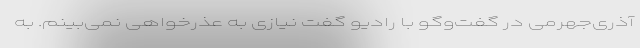
آذری‌جهرمی در گفت‌و‌گو با رادیو گفت نیازی به عذرخواهی نمی‌بینم. به